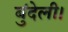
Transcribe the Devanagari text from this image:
बुंदेली।